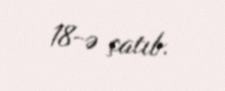
18-ə çatıb.